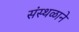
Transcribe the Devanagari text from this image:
संस्थळाने